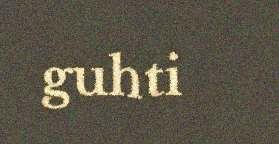
guhti